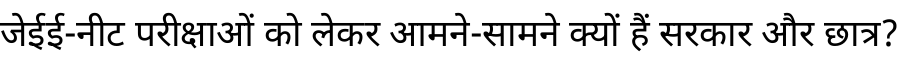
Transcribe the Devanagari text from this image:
जेईई-नीट परीक्षाओं को लेकर आमने-सामने क्यों हैं सरकार और छात्र?